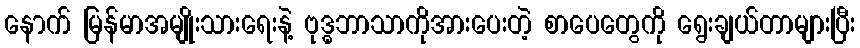
နောက် မြန်မာအမျိုးသားရေးနဲ့ ဗုဒ္ဓဘာသာကိုအားပေးတဲ့ စာပေတွေကို ရွေးချယ်တာများပြီး